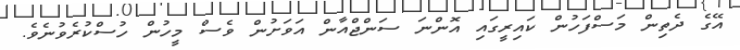
އޭގެ ދެތިން މަސްފަހުން ކައިރީގައި އޮންނަ ސަންޖްއާން އަވަށުން ވެސް މީހުން ހުސްކުރެވުނެވެ.